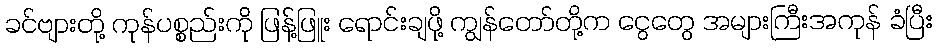
ခင်ဗျားတို့ ကုန်ပစ္စည်းကို ဖြန့်ဖြူး ရောင်းချဖို့ ကျွန်တော်တို့က ငွေတွေ အများကြီးအကုန် ခံပြီး